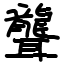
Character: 聾